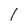
Character: 1